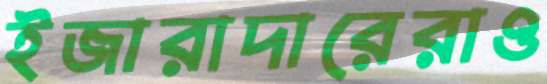
ইজারাদারেরাও